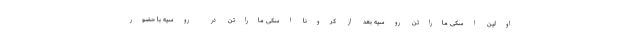
اولین اسکی ماراتن روسیه بعد از کرونا اسکی ماراتن در روسیه با حضور